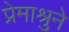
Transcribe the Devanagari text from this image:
प्रेमाश्रुने